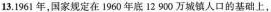
13.196：年，国家规定在1960年底12 900万城镇人口的基础上，